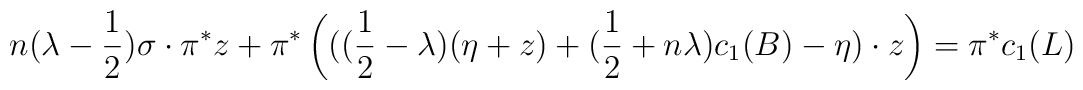
n(\lambda-\frac{1}{2})\sigma \cdot \pi^{*}z +\pi^{*}\left(((\frac{1}{2}-\lambda)(\eta+z)+ (\frac{1}{2}+ n\lambda)c_{1}(B)-\eta) \cdot z \right)=\pi^{*}c_{1}(L)